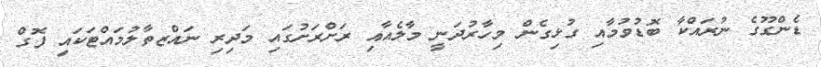
ޑެންގޫގެ ނުރައްކާ ބޮޑުވުމާއި ގުޅިގެން މިހާރުދަނީ މާލެއާއި ރަށްރަށުގައި މަދިރި ނައްޒތާލުމައްޓަކައި ފޮގް